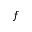
f